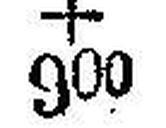
+ 900